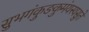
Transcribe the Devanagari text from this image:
सुभगंकुङकुमंयस्यसुते